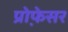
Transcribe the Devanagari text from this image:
प्रोफे़सर